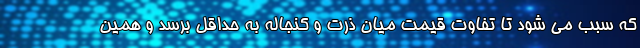
که سبب می شود تا تفاوت قیمت میان ذرت و کنجاله به حداقل برسد و همین